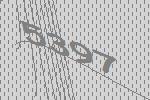
5397